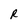
Character: R